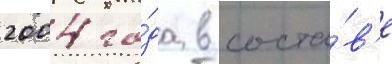
2004 го́да в соста́в'е